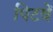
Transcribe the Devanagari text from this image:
पिटवें